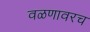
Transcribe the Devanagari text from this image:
वळणावरच